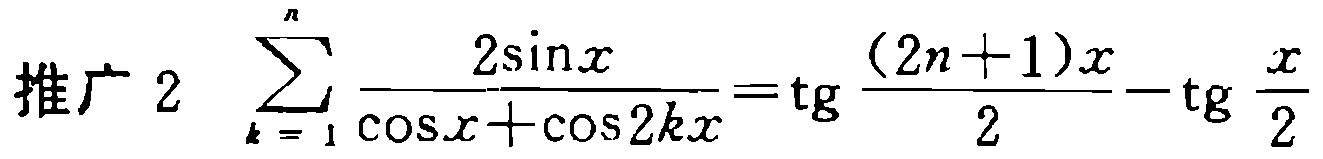
推广 2 $\sum_{k = 1}^{n} \frac{2\sin x}{\cos x+\cos 2kx}=\mathrm{tg} \frac{(2n + 1)x}{2}-\mathrm{tg} \frac{x}{2}$